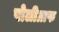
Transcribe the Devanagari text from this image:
पोलीग्राफ